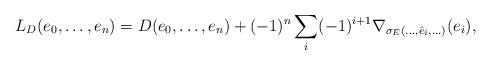
LaTeX: \begin{align*}L_D( e_0,\ldots,e_n) = D(e_0,\ldots,e_n) + (-1)^n \sum_i (-1)^{i+1} \nabla_{\sigma_E(\ldots,\hat{e}_i,\ldots)}(e_i),\end{align*}